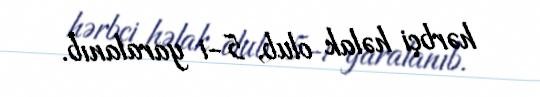
hərbçi həlak olub, 5-i yaralanıb.